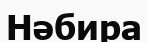
Нәбира